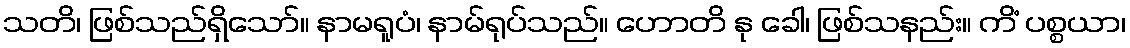
သတိ၊ ဖြစ်သည်ရှိသော်။ နာမရူပံ၊ နာမ်ရုပ်သည်။ ဟောတိ နု ခေါ၊ ဖြစ်သနည်း။ ကိံ ပစ္စယာ၊